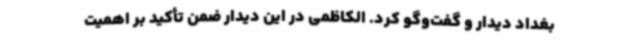
بغداد دیدار و گفت‌وگو کرد. الکاظمی در این دیدار ضمن تأکید بر اهمیت